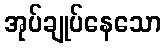
အုပ်ချုပ်နေသော